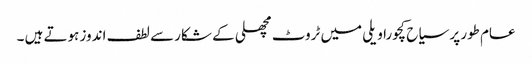
عام طور پر سیاح کچورا ویلی میں ٹروٹ مچھلی کے شکار سے لطف اندوز ہوتے ہیں ۔